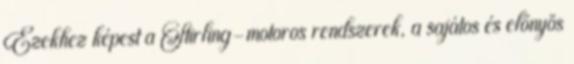
Ezekhez képest a Stirling-motoros rendszerek, a sajátos és előnyös